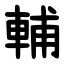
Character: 輔